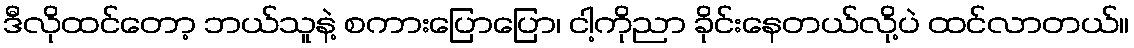
ဒီလိုထင်တော့ ဘယ်သူနဲ့ စကားပြောပြော၊ ငါ့ကိုညာ ခိုင်းနေတယ်လို့ပဲ ထင်လာတယ်။